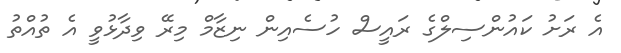
އެ ރަށު ކައުންސިލްގެ ރައީސް ހުސެއިން ނިޒާމް މިރޭ ވިދާޅުވީ އެ ތުއްތު